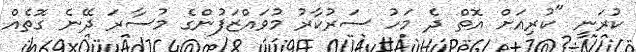
ކުރަނީ "ކުރިއަށް އޮތް ދެ މަހު ސަރުކާރު މުވައްޒަފުންގެ މުސާރަ ދޭނެ ގޮތެއް